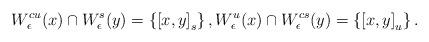
LaTeX: \begin{align*}W_{\epsilon}^{cu}(x) \cap W_{\epsilon}^{s}(y) = \left\{ \left[ x, y\right]_{s} \right\},W_{\epsilon}^{u}(x) \cap W_{\epsilon}^{cs}(y) = \left\{ \left[ x, y\right]_{u} \right\}.\end{align*}